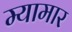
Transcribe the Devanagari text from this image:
म्यामार